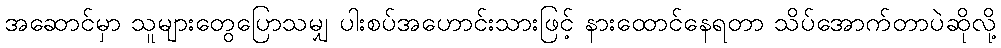
အဆောင်မှာ သူများတွေပြောသမျှ ပါးစပ်အဟောင်းသားဖြင့် နားထောင်နေရတာ သိပ်အောက်တာပဲဆိုလို့